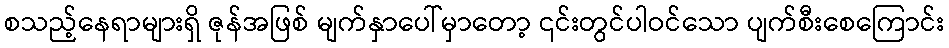
စသည့်နေရာများရှိ ဇုန်အဖြစ် မျက်နှာပေါ်မှာတော့ ၎င်းတွင်ပါဝင်သော ပျက်စီးစေကြောင်း